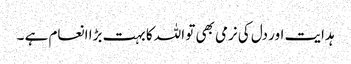
ہدایت اور دل کی نرمی بھی تو اللہ کا بہت بڑا انعام ہے ۔